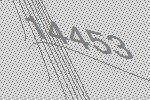
14453